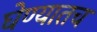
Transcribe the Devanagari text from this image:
घेण्यातच